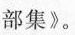
部集》。